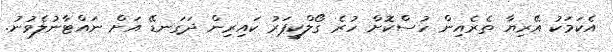
އެކަމަކު އޭރިޔާ ތެރެއިން ހުސްކޮށް ހުރެ ގޯލްކީޕަރު ކައިރިން ދަގަނޑޭ އަށް ނައްޓާނުލެވުނު.